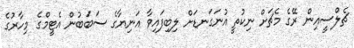
ޗެލްސީއިން ރޭގެ މެޗަށް ނިކުތީ އުނަގަނޑަށް ލިބިފައިވާ އަނިޔާގެ ސަބަބުން އެޓީމްގެ މިހާރުގެ